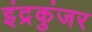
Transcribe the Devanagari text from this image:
इंद्रकुंजर